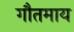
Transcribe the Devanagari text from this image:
गौतमाय